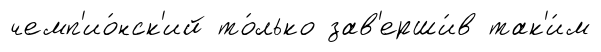
чемп'ио́нск'ий то́лько зав'ерши́в так'и́м